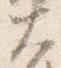
大